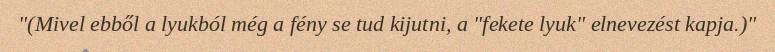
"(Mivel ebből a lyukból még a fény se tud kijutni, a "fekete lyuk" elnevezést kapja.)"